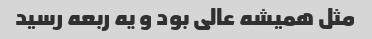
مثل همیشه عالی بود و یه ربعه رسید